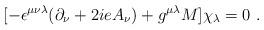
LaTeX: \begin{align*}[ - \epsilon^{\mu\nu\lambda} (\partial_\nu + 2ieA_\nu ) + g^{\mu \lambda} M] \chi_\lambda = 0~.\end{align*}